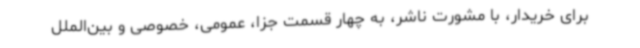
برای خریدار، با مشورت ناشر، به چهار قسمت جزا، عمومی، خصوصی و بین‌الملل